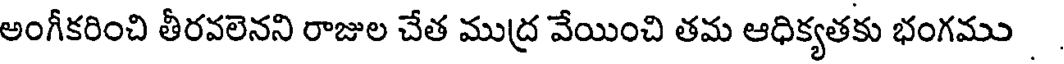
అంగీకరించి తీరవలెనని రాజుల చేత ముద్ర వేయించి తమ ఆధిక్యతకు భంగము